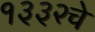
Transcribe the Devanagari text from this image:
१३३२चे